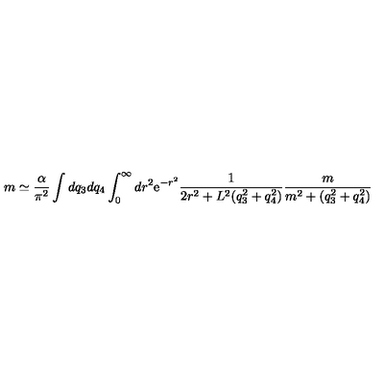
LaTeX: m \simeq \frac { \alpha } { \pi ^ { 2 } } \int d q _ { 3 } d q _ { 4 } \int _ { 0 } ^ { \infty } d r ^ { 2 } \mathrm { e } ^ { - r ^ { 2 } } \frac { 1 } { 2 r ^ { 2 } + L ^ { 2 } ( q _ { 3 } ^ { 2 } + q _ { 4 } ^ { 2 } ) } \frac { m } { m ^ { 2 } + ( q _ { 3 } ^ { 2 } + q _ { 4 } ^ { 2 } ) }